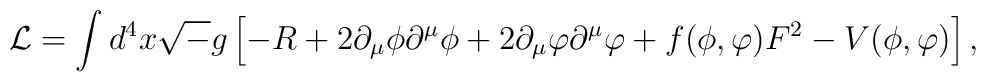
{\cal L} = \int d^4 x {\sqrt -g} \left[ -R + 2 \partial_{\mu}\phi \partial ^{\mu}\phi + 2 \partial_{\mu}\varphi \partial^{\mu}\varphi + f( \phi , \varphi ) F^2  - V( \phi , \varphi ) \right] ,